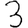
Digit: 3